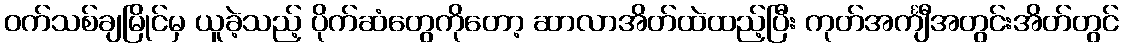
ဝက်သစ်ချမြိုင်မှ ယူခဲ့သည့် ပိုက်ဆံတွေကိုတော့ ဆာလာအိတ်ထဲထည့်ပြီး ကုတ်အင်္ကျီအတွင်းအိတ်တွင်